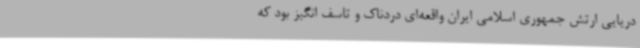
دریایی ارتش جمهوری اسلامی ایران واقعه‌ای دردناک و تاسف انگیز بود که